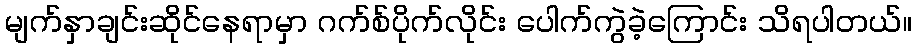
မျက်နှာချင်းဆိုင်နေရာမှာ ဂက်စ်ပိုက်လိုင်း ပေါက်ကွဲခဲ့ကြောင်း သိရပါတယ်။